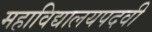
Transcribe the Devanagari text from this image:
महाविद्यालयपदवी